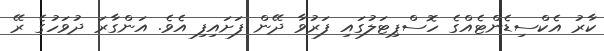
ކާރު އެކްސިޑެންޓެއްގެ ހޮސްޕިޓަލުގައި ފަރުވާ ދޭން ފަށައިފި އެވެ. އަންގާރަ ދުވަހުގެ ރޭ